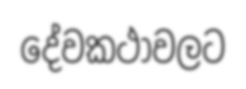
දේවකථාවලට